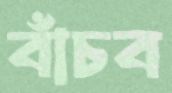
বাঁচব